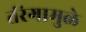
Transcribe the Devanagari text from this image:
तंरंगामुळे